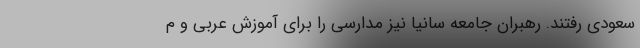
سعودی رفتند. رهبران جامعه سانیا نیز مدارسی را برای آموزش عربی و م